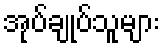
အုပ်ချုပ်သူများ